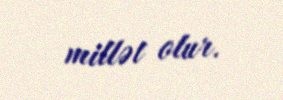
millət olur.